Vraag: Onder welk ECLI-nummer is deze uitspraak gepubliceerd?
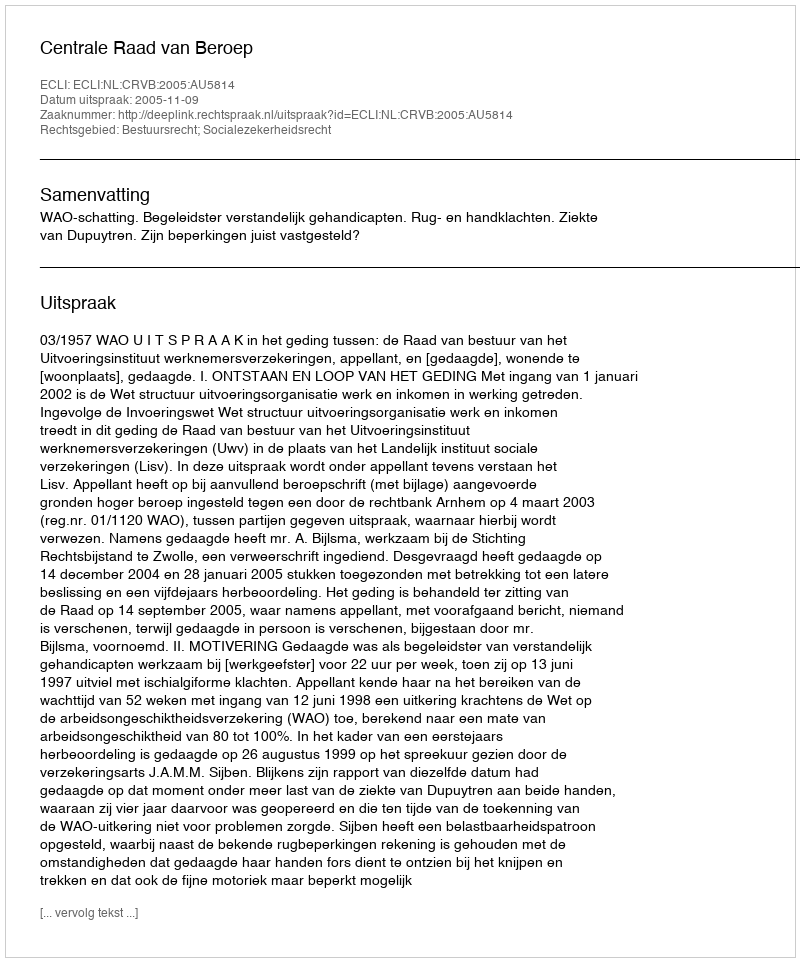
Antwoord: ECLI:NL:CRVB:2005:AU5814